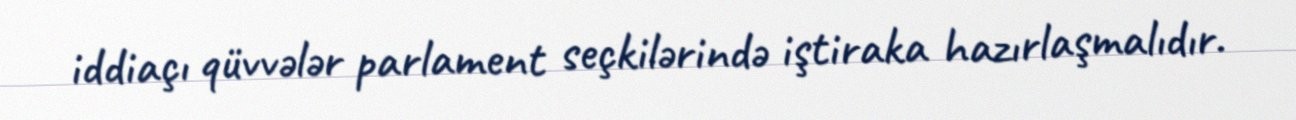
iddiaçı qüvvələr parlament seçkilərində iştiraka hazırlaşmalıdır.